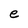
Character: e